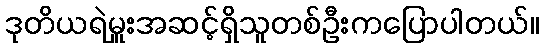
ဒုတိယရဲမှူးအဆင့်ရှိသူတစ်ဦးကပြောပါတယ်။